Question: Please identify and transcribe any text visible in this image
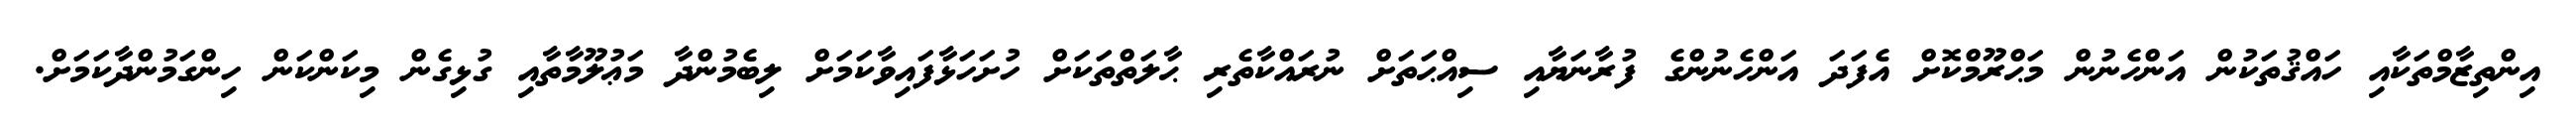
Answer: އިންތިޒާމްތަކާއި ހައްޤުތަކުން އަންހެނުން މަޙްރޫމްކޮށް އެފަދަ އަންހެނުންގެ ފުރާނަޔާއި ސިއްޙަތަށް ނުރައްކާތެރި ޙާލަތްތަކަށް ހުށަހަޅާފައިވާކަމަށް ލިބެމުންދާ މަޢުލޫމާތާއި ގުޅިގެން މިކަންކަން ހިންގަމުންދާކަމަށް.